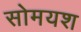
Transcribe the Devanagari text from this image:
सोमयश